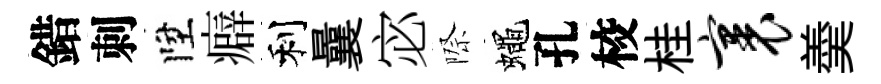
錯刺陞癖利曩宓際蠅孔校桂裹羮